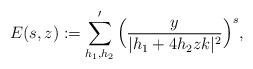
LaTeX: \begin{align*}E(s,z):=\sum_{h_1,h_2}^{\prime} \Big(\frac{y}{|h_1+4h_2zk|^2}\Big)^{s}, \end{align*}